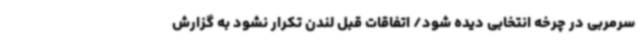
سرمربی در چرخه انتخابی دیده شود/ اتفاقات قبل لندن تکرار نشود به گزارش